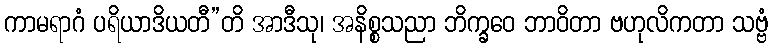
ကာမရာဂံ ပရိယာဒိယတီ”တိ အာဒီသု၊ အနိစ္စသညာ ဘိက္ခဝေ ဘာဝိတာ ဗဟုလိကတာ သဗ္ဗံ